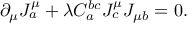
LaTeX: \partial _ { \mu } J _ { a } ^ { \mu } + \lambda C _ { a } ^ { b c } J _ { c } ^ { \mu } J _ { \mu b } = 0 .